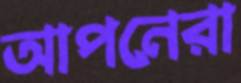
আপনেরা